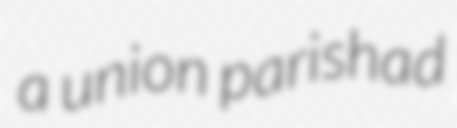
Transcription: a union parishad